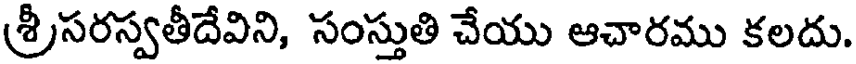
శ్రీసరస్వతీదేవిని, సంస్తుతి చేయు ఆచారము కలదు.